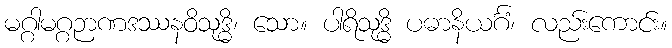
မဂ္ဂါမဂ္ဂဉာဏဒဿနဝိသုဒ္ဓိ၊ သော။ ပါရိသုဒ္ဓိ ပဓာနိယင်္ဂံ၊ လည်းကောင်း။